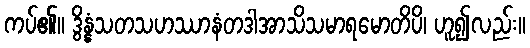
ကပ်၏။ ဒွိန္နံသတသဟဿာနံတဒါအာသိသမာရမောတိပိ၊ ဟူ၍လည်း။